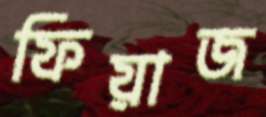
ফিয়াজ